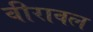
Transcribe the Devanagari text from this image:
वीरावल